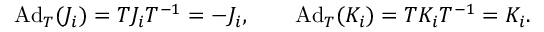
\mathrm { A d } _ { T } ( J _ { i } ) = T J _ { i } T ^ { - 1 } = - J _ { i } , \qquad \mathrm { A d } _ { T } ( K _ { i } ) = T K _ { i } T ^ { - 1 } = K _ { i } .